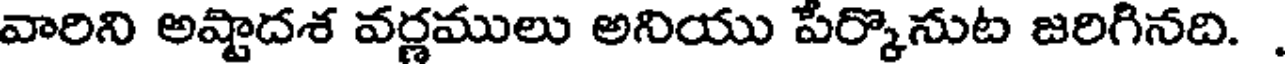
వారిని అష్టాదశ వర్ణములు అనియు పేర్కొనుట జరిగినది.